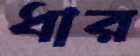
ধার